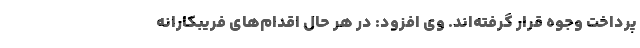
پرداخت وجوه قرار گرفته‌اند. وی افزود: در هر حال اقدام‌های فریبکارانه